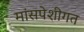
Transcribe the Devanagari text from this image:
मांसपेशीगत